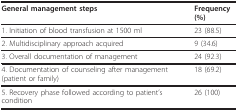
| General management steps | Frequency (%) |
 | --- | --- |
 | 1. Initiation of blood transfusion at 1500 ml | 23 (88.5) |
 | 2. Multidisciplinary approach acquired | 9 (34.6) |
 | 3. Overall documentation of management | 24 (92.3) |
 | 4. Documentation of counseling after management (patient or family) | 18 (69.2) |
 | 5. Recovery phase followed according to patient's condition | 26 (100) |